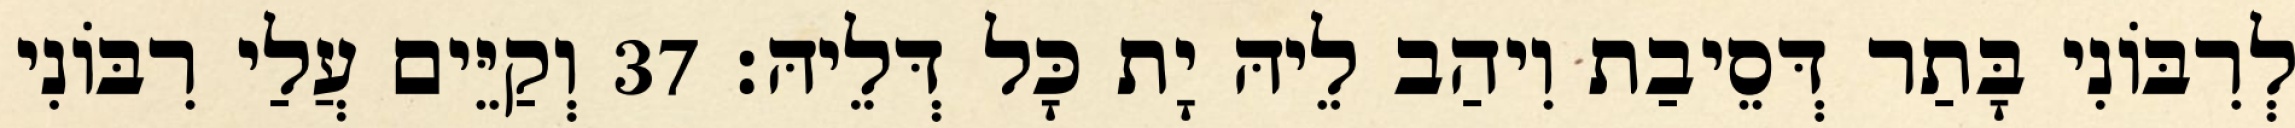
לְרִבּוֹנִי בָּתַר דְּסֵיבַת וִיהַב לֵיהּ יָת כָּל דְּלֵיהּ׃ 37 וְקַיֵּים עֲלַי רִבּוֹנִי